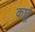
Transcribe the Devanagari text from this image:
कछूं